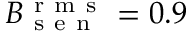
B _ { \mathrm { ~ s ~ e ~ n ~ } } ^ { \mathrm { ~ r ~ m ~ s ~ } } = 0 . 9